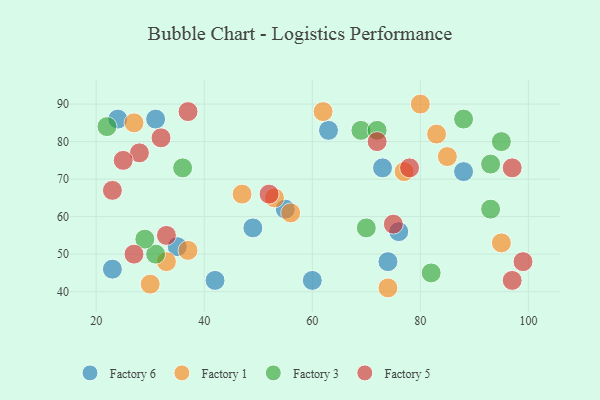
{"axis": {"x": "GDP", "y": "Life Expectancy"}, "legend": ["Factory 1", "Factory 3", "Factory 5", "Factory 6"], "data": [{"x": "31", "y": 86, "type": "Factory 6"}, {"x": "24", "y": 86, "type": "Factory 6"}, {"x": "76", "y": 56, "type": "Factory 6"}, {"x": "73", "y": 73, "type": "Factory 6"}, {"x": "63", "y": 83, "type": "Factory 6"}, {"x": "88", "y": 72, "type": "Factory 6"}, {"x": "55", "y": 62, "type": "Factory 6"}, {"x": "35", "y": 52, "type": "Factory 6"}, {"x": "74", "y": 48, "type": "Factory 6"}, {"x": "49", "y": 57, "type": "Factory 6"}, {"x": "23", "y": 46, "type": "Factory 6"}, {"x": "60", "y": 43, "type": "Factory 6"}, {"x": "42", "y": 43, "type": "Factory 6"}, {"x": "27", "y": 85, "type": "Factory 1"}, {"x": "53", "y": 65, "type": "Factory 1"}, {"x": "62", "y": 88, "type": "Factory 1"}, {"x": "80", "y": 90, "type": "Factory 1"}, {"x": "74", "y": 41, "type": "Factory 1"}, {"x": "56", "y": 61, "type": "Factory 1"}, {"x": "47", "y": 66, "type": "Factory 1"}, {"x": "77", "y": 72, "type": "Factory 1"}, {"x": "33", "y": 48, "type": "Factory 1"}, {"x": "30", "y": 42, "type": "Factory 1"}, {"x": "85", "y": 76, "type": "Factory 1"}, {"x": "37", "y": 51, "type": "Factory 1"}, {"x": "83", "y": 82, "type": "Factory 1"}, {"x": "95", "y": 53, "type": "Factory 1"}, {"x": "36", "y": 73, "type": "Factory 3"}, {"x": "69", "y": 83, "type": "Factory 3"}, {"x": "95", "y": 80, "type": "Factory 3"}, {"x": "72", "y": 83, "type": "Factory 3"}, {"x": "88", "y": 86, "type": "Factory 3"}, {"x": "22", "y": 84, "type": "Factory 3"}, {"x": "31", "y": 50, "type": "Factory 3"}, {"x": "93", "y": 62, "type": "Factory 3"}, {"x": "93", "y": 74, "type": "Factory 3"}, {"x": "70", "y": 57, "type": "Factory 3"}, {"x": "82", "y": 45, "type": "Factory 3"}, {"x": "29", "y": 54, "type": "Factory 3"}, {"x": "72", "y": 80, "type": "Factory 5"}, {"x": "97", "y": 43, "type": "Factory 5"}, {"x": "23", "y": 67, "type": "Factory 5"}, {"x": "75", "y": 58, "type": "Factory 5"}, {"x": "28", "y": 77, "type": "Factory 5"}, {"x": "33", "y": 55, "type": "Factory 5"}, {"x": "78", "y": 73, "type": "Factory 5"}, {"x": "97", "y": 73, "type": "Factory 5"}, {"x": "25", "y": 75, "type": "Factory 5"}, {"x": "37", "y": 88, "type": "Factory 5"}, {"x": "52", "y": 66, "type": "Factory 5"}, {"x": "99", "y": 48, "type": "Factory 5"}, {"x": "27", "y": 50, "type": "Factory 5"}, {"x": "32", "y": 81, "type": "Factory 5"}]}